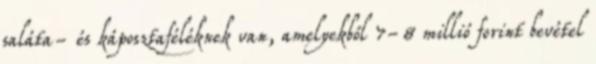
saláta- és káposztaféléknek van, amelyekből 7-8 millió forint bevétel